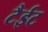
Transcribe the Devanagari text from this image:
टैईट